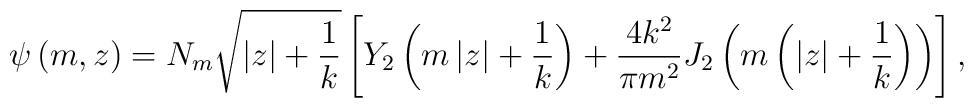
\psi\left( m ,z\right) = N_m \sqrt{\left| z\right|  +\frac{1}{k}}\left[ Y_2 \left( m\left| z\right| +\frac{1}{k}\right)  +\frac{4k^2}{\pi m^2} J_2\left( m\left( \left| z\right|  +\frac{1}{k}\right)\right)\right] ,